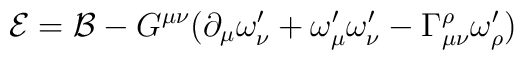
\mathcal{E=B}-G^{\mu \nu }(\partial _{\mu }\omega _{\nu }^{\prime }+\omega_{\mu }^{\prime }\omega _{\nu }^{\prime }-\Gamma _{\mu \nu }^{\rho }\omega_{\rho }^{\prime })